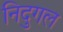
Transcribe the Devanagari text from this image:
निदुगल